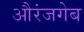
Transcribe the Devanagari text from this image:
औरंजगेब